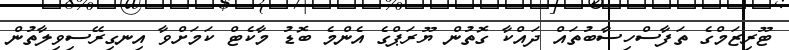
ޓޫރިޒަމްގެ ތަފާސްހިސާބުތައް ދައްކާ ގޮތުން ޔޫރަޕްގެ އެންމެ ބޮޑު މާކެޓް ކަމަށްވާ އިނގިރޭސިވިލާތުން